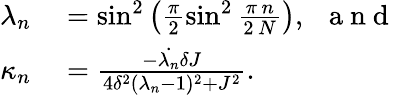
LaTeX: \begin{array}{rl}{\lambda_{n}}&{{}=\sin^{2}\left(\frac{\pi}{2}\sin^{2}\frac{\pi\, n}{2\, N}\right),~~\mathrm{~a~n~d~}}\\ {\kappa_{n}}&{{}=\frac{-\dot{\lambda_{n}}\delta J}{4\delta^{2}(\lambda_{n}-1)^{2}+J^{2}}.}\end{array}